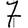
Digit: 7